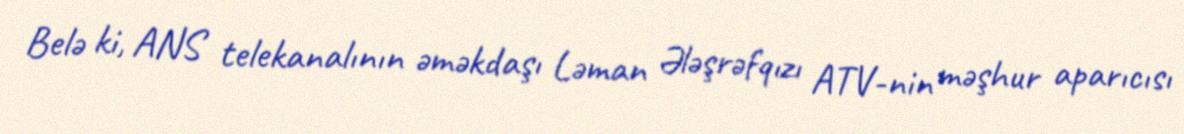
Belə ki, ANS telekanalının əməkdaşı Ləman Ələşrəfqızı ATV-nin məşhur aparıcısı